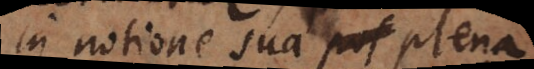
in notione sua plena